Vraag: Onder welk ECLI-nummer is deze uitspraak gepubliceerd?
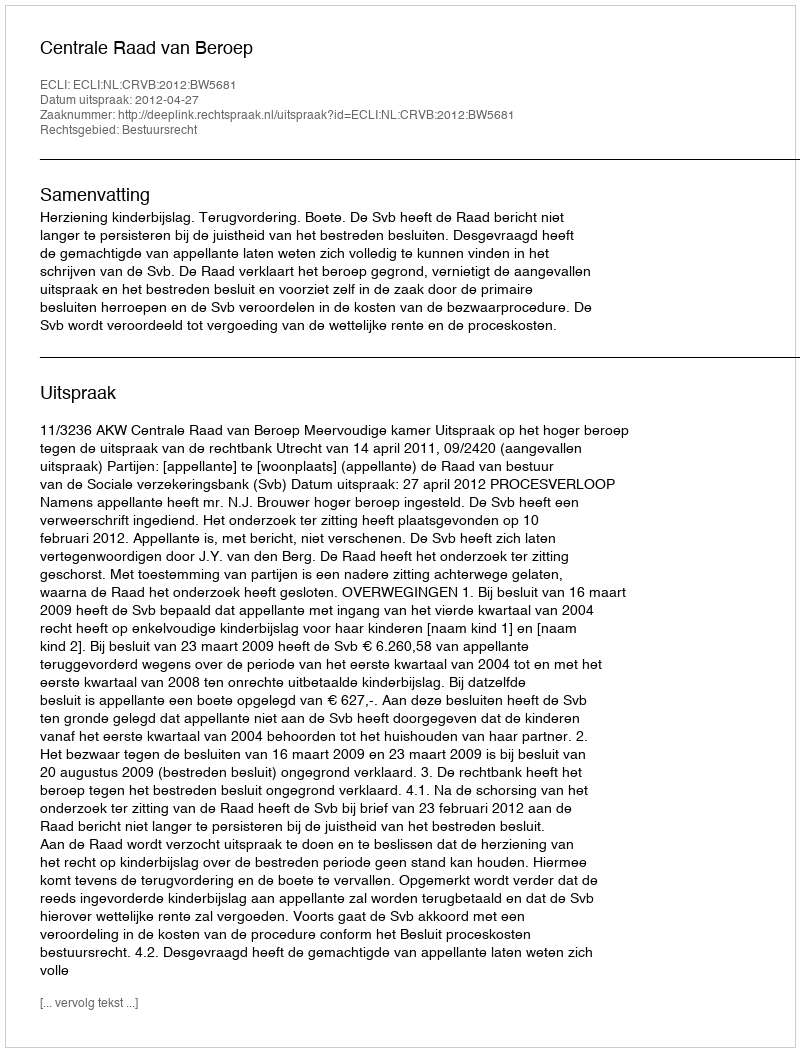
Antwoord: ECLI:NL:CRVB:2012:BW5681